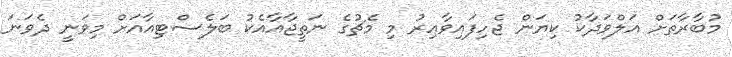
މުބާރާތަށް އަލްވަދާކު ކިޔަން ޖެހިފައިވާއިރު މި މެޗުގެ ނަތީޖާއާއެކު ބަލެސްޓިއާއަށް މިވަނީ ދެވަނަ